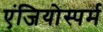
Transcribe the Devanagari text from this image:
एंजियोस्पर्म